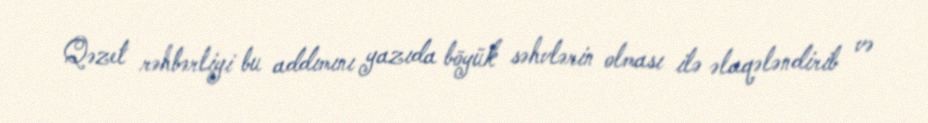
Qəzet rəhbərliyi bu addımını yazıda böyük səhvlərin olması ilə əlaqələndirib və